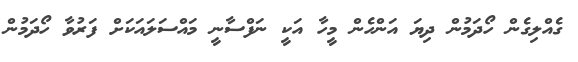
ގެއްލިގެން ހޯދަމުން ދިޔަ އަންހެން މީހާ އަކީ ނަފްސާާނީ މައްސަލައަކަށް ފަރުވާ ހޯދަމުން